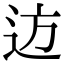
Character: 䢍